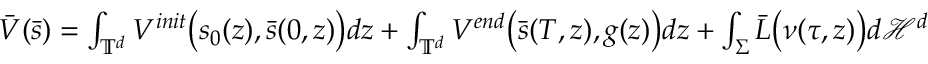
\begin{array} { r } { \bar { V } ( \bar { s } ) = \int _ { \mathbb { T } ^ { d } } V ^ { i n i t } \big ( { s } _ { 0 } ( z ) , \bar { s } ( 0 , z ) \big ) d z + \int _ { \mathbb { T } ^ { d } } V ^ { e n d } \big ( \bar { s } ( T , z ) , g ( z ) \big ) d z + \int _ { \Sigma } \bar { L } \big ( \nu ( \tau , z ) \big ) d \mathcal { H } ^ { d } } \end{array}